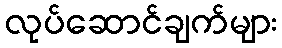
လုပ်ဆောင်ချက်များ